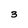
Character: 3